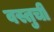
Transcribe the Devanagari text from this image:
वस्तुची